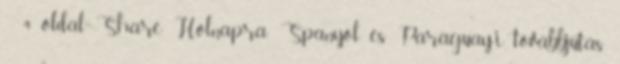
4 oldal Share Holnapra: Spanyol és Paraguay-i továbbjutás